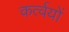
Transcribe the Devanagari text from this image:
कर्त्वयों